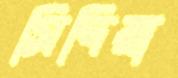
সিদিয়া